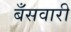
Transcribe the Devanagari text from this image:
बँसवारी